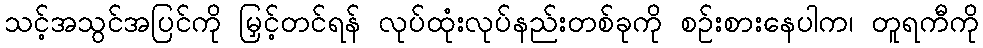
သင့်အသွင်အပြင်ကို မြှင့်တင်ရန် လုပ်ထုံးလုပ်နည်းတစ်ခုကို စဉ်းစားနေပါက၊ တူရကီကို